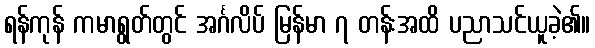
ရန်ကုန် ကမာရွတ်တွင် အင်္ဂလိပ် မြန်မာ ၇ တန်းအထိ ပညာသင်ယူခဲ့၏။